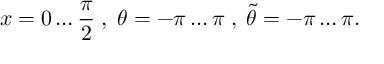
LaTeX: x = 0 \ldots \frac { \pi } { 2 } \; , \; \theta = - \pi \ldots \pi \; , \; \tilde { \theta } = - \pi \ldots \pi .